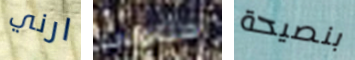
ارني ستتولى بنصيحة